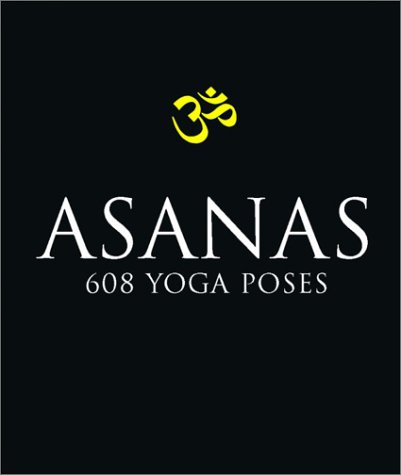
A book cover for Asanas: 608 Yoga Poses; Dharma Mittra; Arts & Photography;